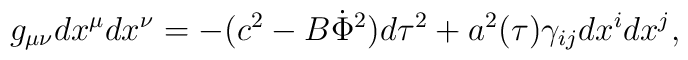
g_{\mu\nu}dx^{\mu}dx^{\nu}=-(c^2-B\dot{\Phi}^2)d\tau^2+a^2(\tau)\gamma_{ij}dx^idx^j,